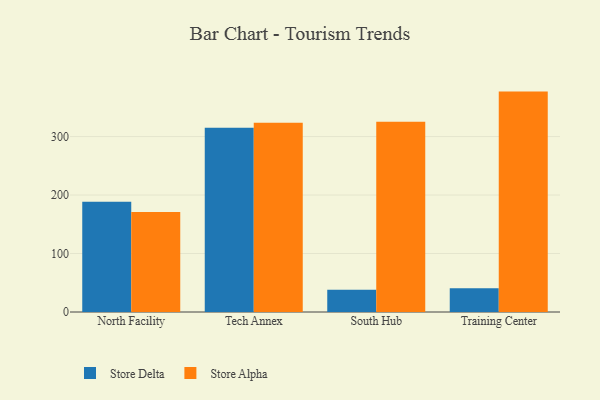
{"axis": {"x": "Campus", "y": "Website Visitors"}, "legend": ["Store Alpha", "Store Delta"], "data": [{"x": "North Facility", "y": 188.5, "type": "Store Delta"}, {"x": "North Facility", "y": 171.0, "type": "Store Alpha"}, {"x": "Tech Annex", "y": 314.9, "type": "Store Delta"}, {"x": "Tech Annex", "y": 323.5, "type": "Store Alpha"}, {"x": "South Hub", "y": 38.1, "type": "Store Delta"}, {"x": "South Hub", "y": 325.4, "type": "Store Alpha"}, {"x": "Training Center", "y": 40.8, "type": "Store Delta"}, {"x": "Training Center", "y": 376.9, "type": "Store Alpha"}]}